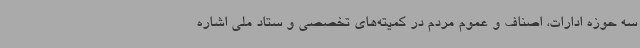
سه حوزه ادارات، اصناف و عموم مردم در کمیته‌های تخصصی و ستاد ملی اشاره